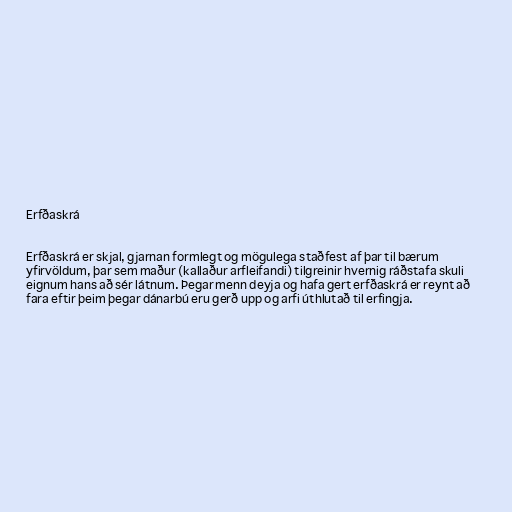
Erfðaskrá

Erfðaskrá er skjal, gjarnan formlegt og mögulega staðfest af þar til bærum
yfirvöldum, þar sem maður (kallaður arfleifandi) tilgreinir hvernig ráðstafa skuli
eignum hans að sér látnum. Þegar menn deyja og hafa gert erfðaskrá er reynt að
fara eftir þeim þegar dánarbú eru gerð upp og arfi úthlutað til erfingja.